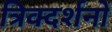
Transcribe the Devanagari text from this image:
त्रिक्दर्शनों